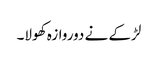
لڑکے نے دوروازہ کھولا۔